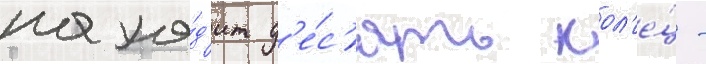
нахо́д'ит д'е́с'ять кол'е́ц -